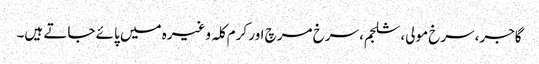
گاجر،سرخ مولی، شلجم، سرخ مرچ اور کرم کلہ وغیرہ میں پائے جاتے ہیں۔